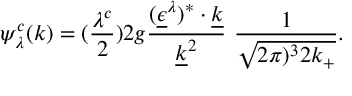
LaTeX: \psi _ { \lambda } ^ { c } ( k ) = ( { \frac { \lambda ^ { c } } { 2 } } ) 2 g { \frac { ( \underline { { { \epsilon } } } ^ { \lambda } ) ^ { \ast } \cdot \underline { { { k } } } } { \underline { { { k } } } ^ { 2 } } } \ { \frac { 1 } { \sqrt { 2 \pi ) ^ { 3 } 2 k _ { + } } } } .